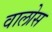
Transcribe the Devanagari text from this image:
वालोस